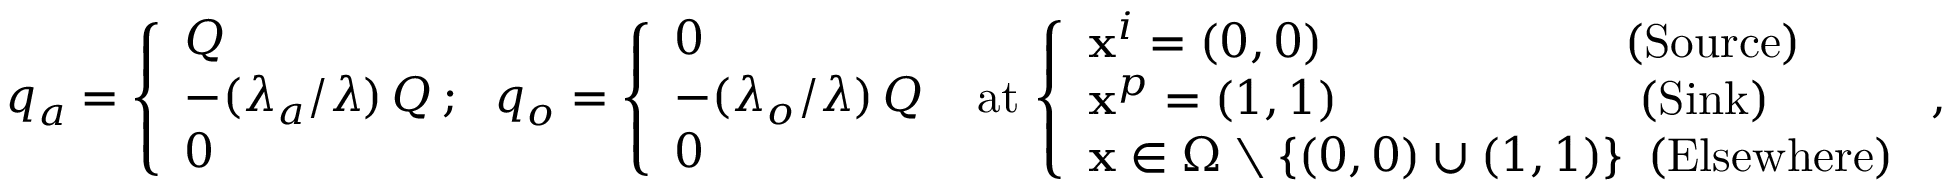
\begin{array} { r l } & { q _ { a } = \left\{ \begin{array} { l l } { Q } \\ { - ( \ensuremath { \lambda } _ { a } / \ensuremath { \lambda } ) \, Q \, ; } \\ { 0 } \end{array} \right. q _ { o } = \left\{ \begin{array} { l l } { 0 } \\ { - ( \ensuremath { \lambda } _ { o } / \ensuremath { \lambda } ) \, Q } \\ { 0 } \end{array} \right. \mathrm { ~ a t } \, \left\{ \begin{array} { l l } { { \bf x } ^ { i } = ( 0 , 0 ) \qquad \qquad \qquad \mathrm { ~ ( S o u r c e ) } } \\ { { \bf x } ^ { p } = ( 1 , 1 ) \qquad \qquad \qquad \mathrm { ~ ( S i n k ) } } \\ { { \bf x } \in \Omega \setminus \{ ( 0 , 0 ) \cup ( 1 , 1 ) \} \, \mathrm { ~ ( E l s e w h e r e ) } } \end{array} \right. , } \end{array}